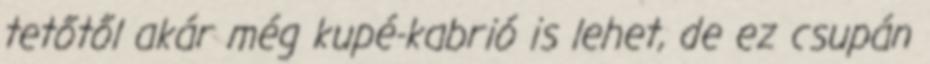
tetőtől akár még kupé-kabrió is lehet, de ez csupán